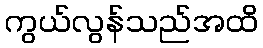
ကွယ်လွန်သည်အထိ